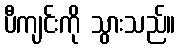
ပီကျင်းကို သွားသည်။